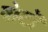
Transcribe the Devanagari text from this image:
वोटोँ